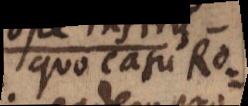
Quo casu Ro-